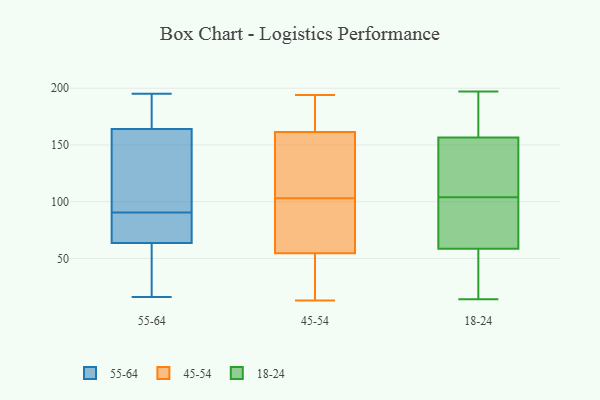
{"axis": {"x": "Shipments", "y": "Value"}, "legend": ["18-24", "45-54", "55-64"], "data": [{"x": "", "y": 63, "type": "55-64"}, {"x": "", "y": 131, "type": "55-64"}, {"x": "", "y": 16, "type": "55-64"}, {"x": "", "y": 93, "type": "55-64"}, {"x": "", "y": 174, "type": "55-64"}, {"x": "", "y": 64, "type": "55-64"}, {"x": "", "y": 82, "type": "55-64"}, {"x": "", "y": 155, "type": "55-64"}, {"x": "", "y": 88, "type": "55-64"}, {"x": "", "y": 195, "type": "55-64"}, {"x": "", "y": 173, "type": "55-64"}, {"x": "", "y": 63, "type": "55-64"}, {"x": "", "y": 138, "type": "45-54"}, {"x": "", "y": 103, "type": "45-54"}, {"x": "", "y": 56, "type": "45-54"}, {"x": "", "y": 40, "type": "45-54"}, {"x": "", "y": 154, "type": "45-54"}, {"x": "", "y": 13, "type": "45-54"}, {"x": "", "y": 96, "type": "45-54"}, {"x": "", "y": 180, "type": "45-54"}, {"x": "", "y": 89, "type": "45-54"}, {"x": "", "y": 116, "type": "45-54"}, {"x": "", "y": 188, "type": "45-54"}, {"x": "", "y": 164, "type": "45-54"}, {"x": "", "y": 194, "type": "45-54"}, {"x": "", "y": 54, "type": "45-54"}, {"x": "", "y": 47, "type": "45-54"}, {"x": "", "y": 81, "type": "18-24"}, {"x": "", "y": 14, "type": "18-24"}, {"x": "", "y": 156, "type": "18-24"}, {"x": "", "y": 113, "type": "18-24"}, {"x": "", "y": 197, "type": "18-24"}, {"x": "", "y": 15, "type": "18-24"}, {"x": "", "y": 54, "type": "18-24"}, {"x": "", "y": 50, "type": "18-24"}, {"x": "", "y": 157, "type": "18-24"}, {"x": "", "y": 188, "type": "18-24"}, {"x": "", "y": 84, "type": "18-24"}, {"x": "", "y": 141, "type": "18-24"}, {"x": "", "y": 25, "type": "18-24"}, {"x": "", "y": 95, "type": "18-24"}, {"x": "", "y": 194, "type": "18-24"}, {"x": "", "y": 64, "type": "18-24"}, {"x": "", "y": 184, "type": "18-24"}, {"x": "", "y": 147, "type": "18-24"}, {"x": "", "y": 128, "type": "18-24"}, {"x": "", "y": 63, "type": "18-24"}]}